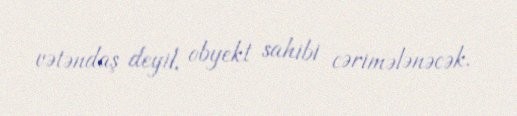
vətəndaş deyil, obyekt sahibi cərimələnəcək.